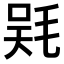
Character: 𣮇